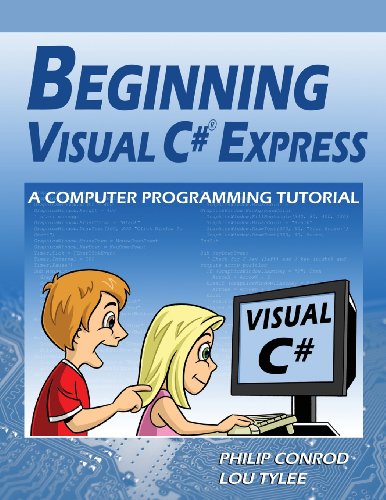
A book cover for Beginning Visual C# Express: A Computer Programming Tutorial; Philip Conrod; Children's Books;